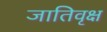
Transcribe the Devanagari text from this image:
जातिवृक्ष